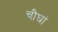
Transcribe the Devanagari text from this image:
चौघां